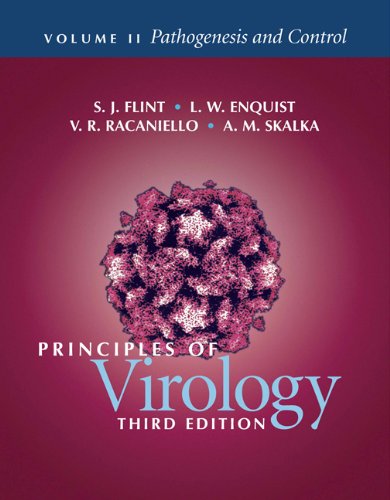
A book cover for Principles of Virology, Vol. 2: Pathogenesis and Control; S. Jane Flint; Medical Books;